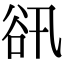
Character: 𧮬